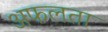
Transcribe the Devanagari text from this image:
अफलता